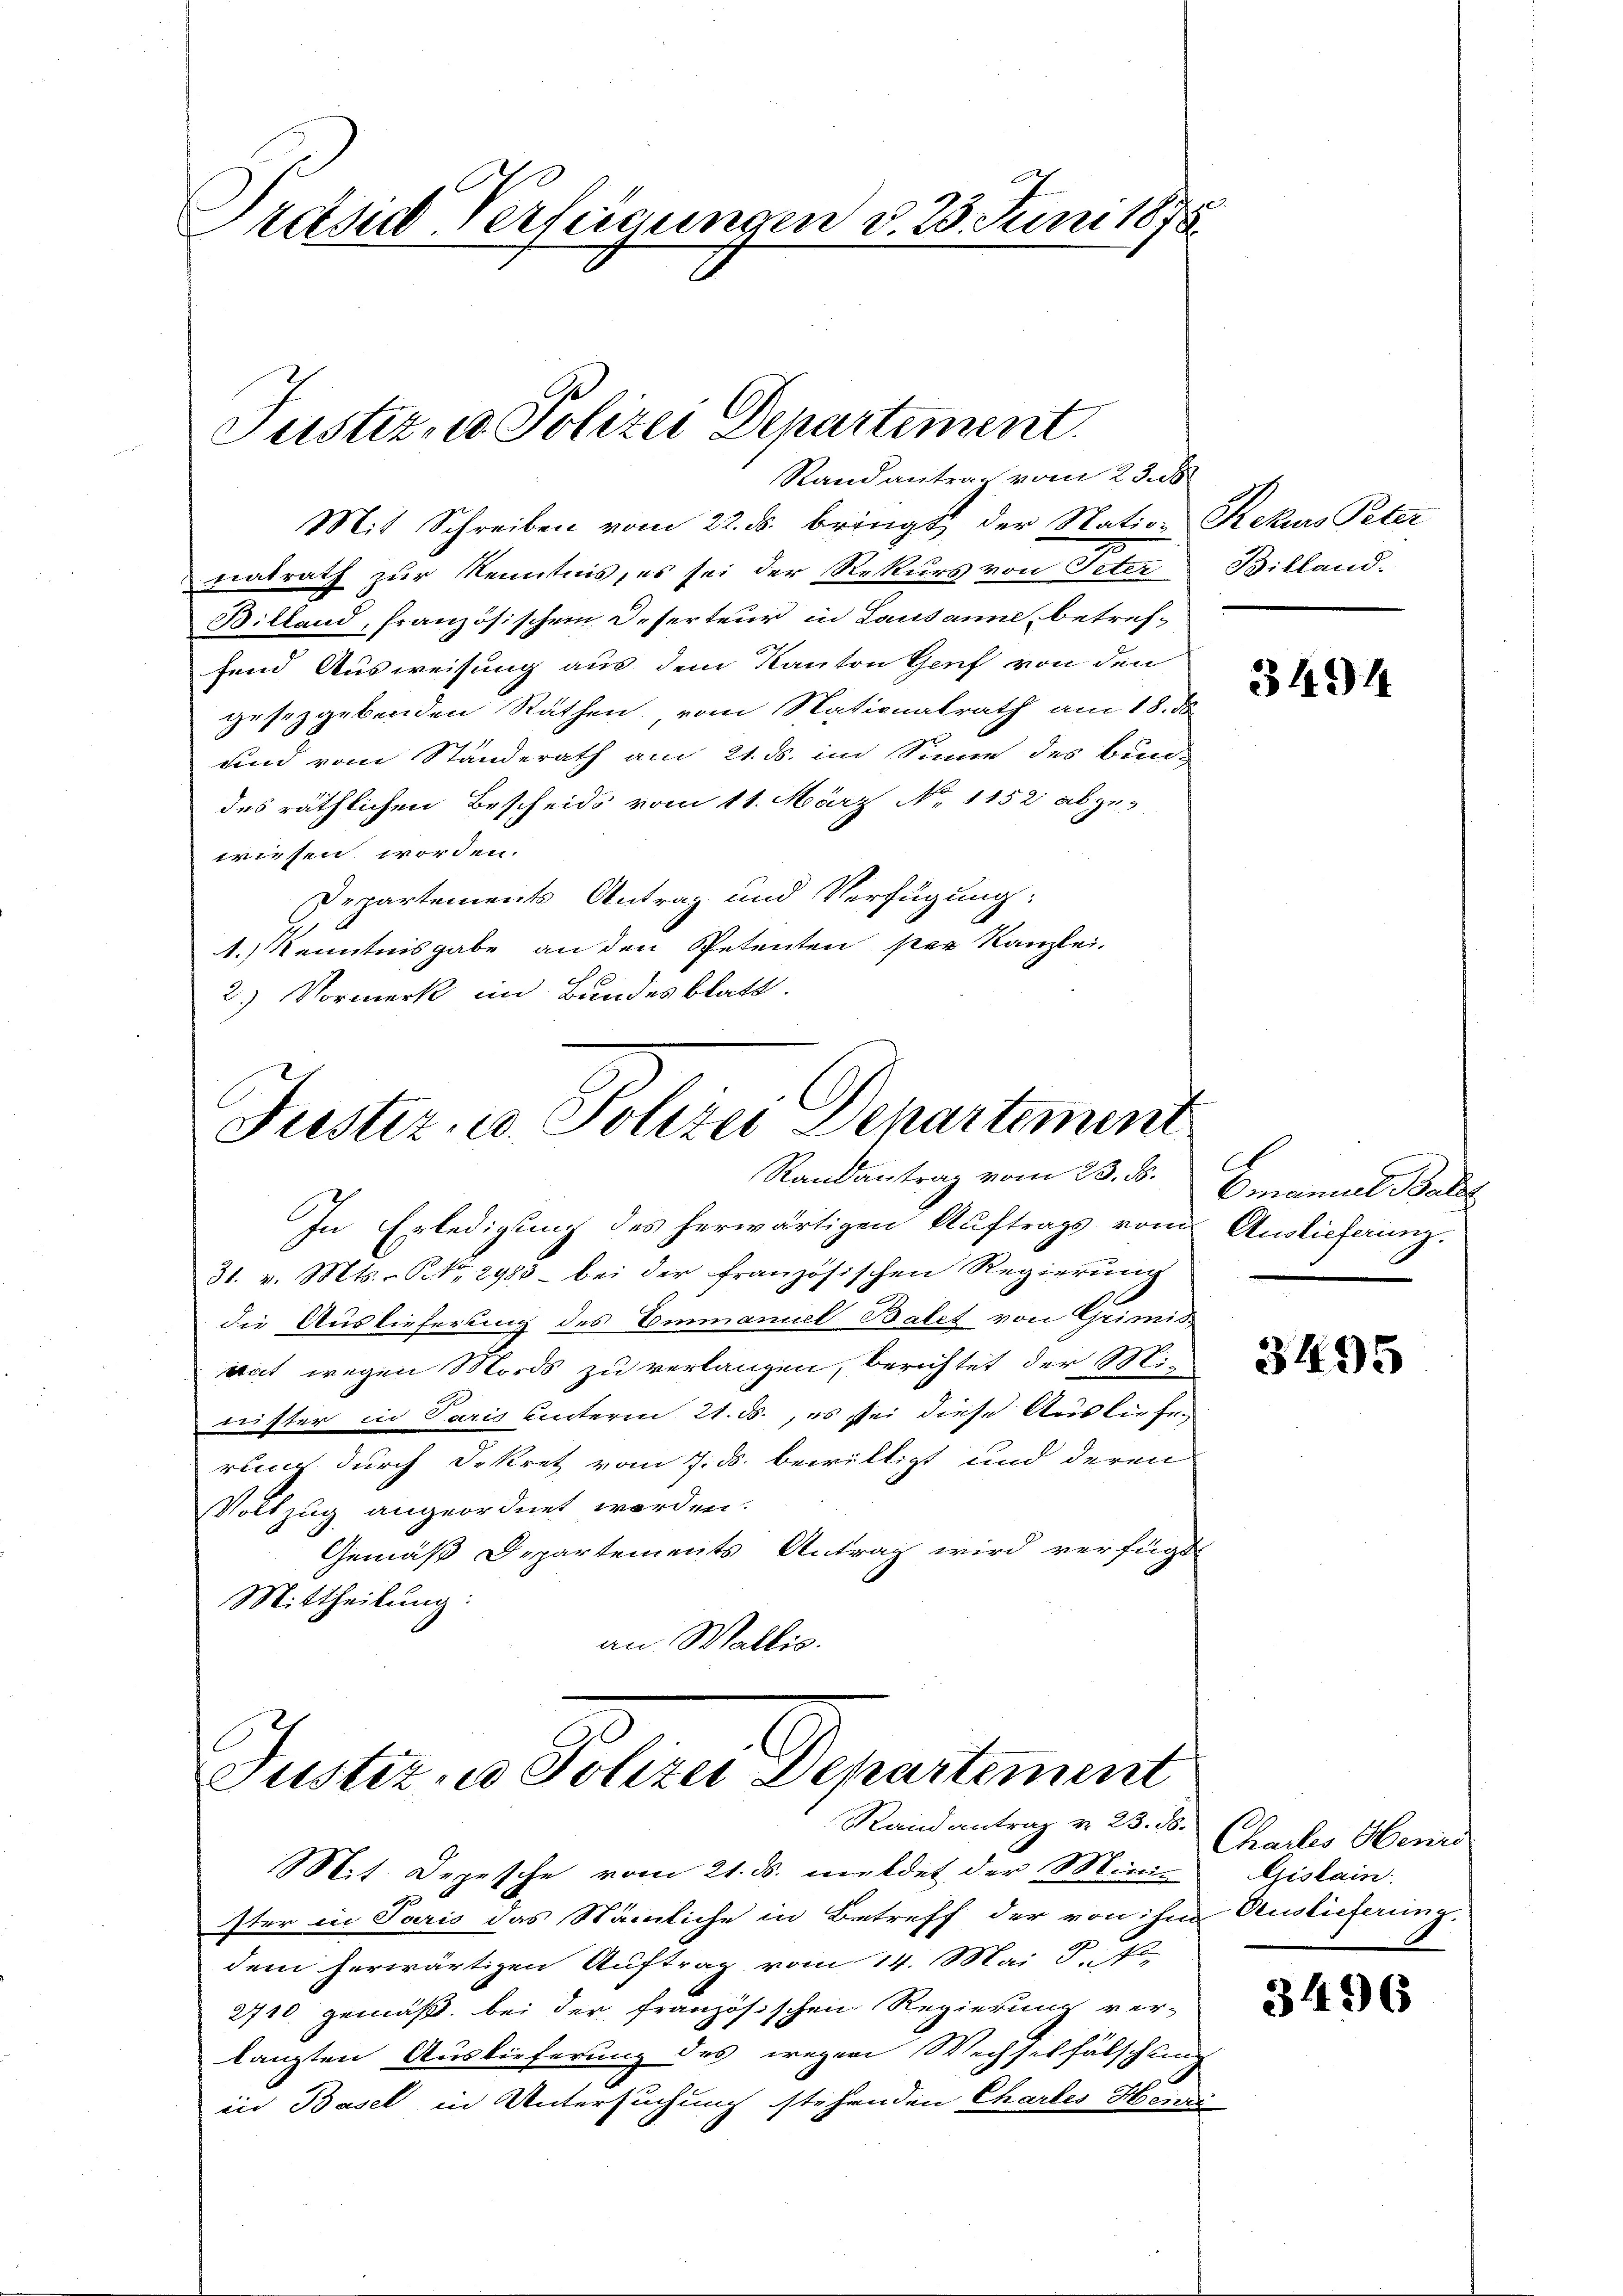
Preise Verfügungen d. 23. Juni 1875.

Justiz, u. Polizei Departement
Randantrag vom 23. ds.

Justiz, u. Polizei Departement.

Randantrag vom 23.
Mit Schreiben vom 22. ds. bringt, der Nation Rekurs Peter
natrath zur Kenntnis, es sei der Rekurs von Peter Billand-
Billand, französischem Deserteur in Lausanne, betreffend Ausweisung aus dem Kanton Genf von den
gesetzgebenden Räthen, vom Nationalrath am 18. ds
und vom Standerath am 21. ds. im Sinne des bun-
des räthlichen Bescheids vom 11. März No. 1152 abges
wiesen worden.
Departements Antrag und Verfügung:
1.) Kenntnisgabe an den Petenten per Kanzlei-
2.) Vormerk im Bundesblatt.

In Erledigung des herwärtigen Auftrags vom Auslieferung.
31. v. Mts. NNo. 2983 bei der französischen Regierŭng
die Auslieferung des Emmanuel Balet von Grimis
nat wegen Mords zu verlangen, berichtet der Mi-
nister in Paris unterm 21. ds., es sei diese Ausliefe,
rung durch Dekretz vom 7. ds. bewilligt und deren
Vollzug angeordnet werden.
Gemäß Departements Antrag wird verfügt
Mittheilung:
an Wallis.

Justiz, in Polizei Departement
Rand antrag v. 23. ds.

Mit. Depesche vom 21. ds. meldet der Mini-
Iter in Pario das Nämliche in Betreff der von ihm Auslieferung.
dem herwärtigen Auftrag vom 14. Mai d. 7.
2710 gemäß, bei der französischen Regierung ver-
langten Auslieferung des wegen Wechselfälschung
in Basel in Untersuchung stehenden Chartes Heini

3494

Emanuel Ball

3495

Chartes Henri
Gislain

3496